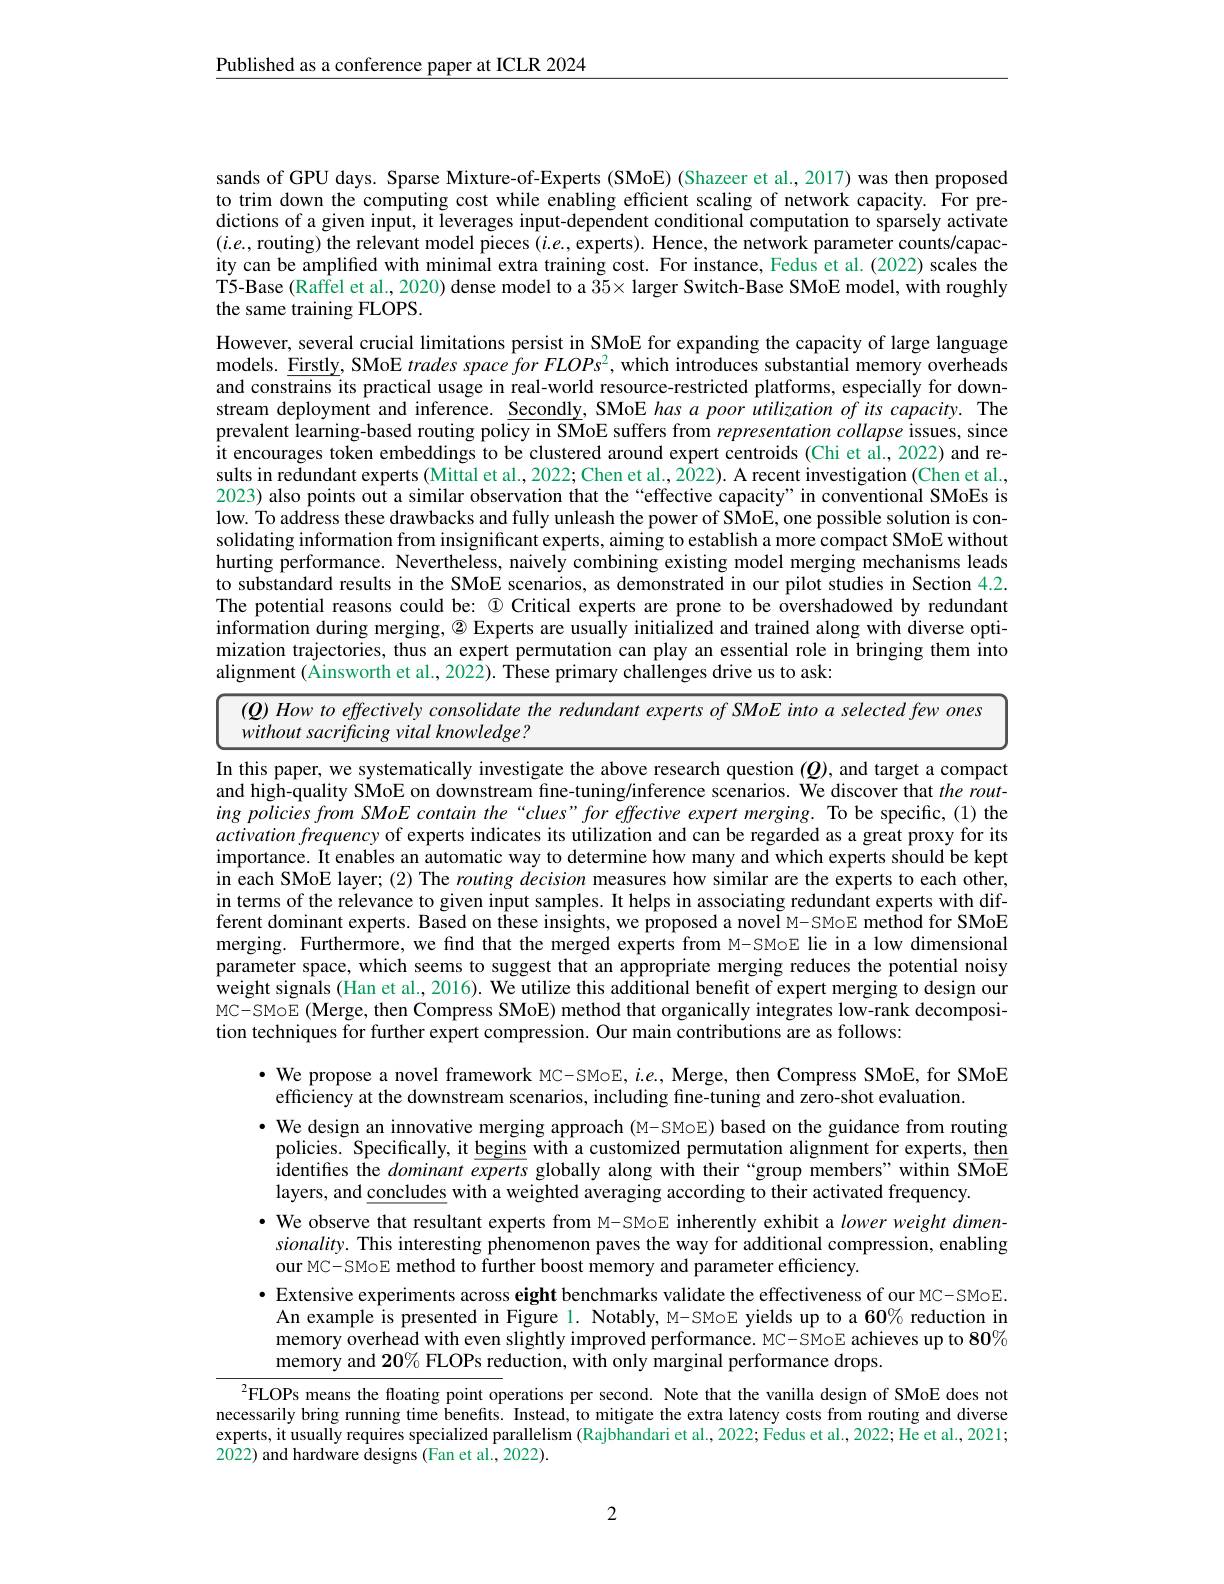
Published as a conference paper at ICLR 2024

sands of GPU days. Sparse Mixture-of-Experts (SMoE)(Shazeer et al., 2017) was then proposed to trim down the computing cost while enabling efficient scaling of network capacity. For predictions of a given input, it leverages input-dependent conditional computation to sparsely activate $(i.e.$,routing) the relevant model pieces $(i.e.$,experts). Hence, the network parameter counts/capacity can be amplified with minimal extra training cost. For instance, Fedus et al.(2022) scales the T5-Base (Raffel et al., 2020) dense model to a $35\times$ larger Switch-Base SMoE model, with roughly the same training FLOPS.
However, several crucial limitations persist in SMoE for expanding the capacity of large language models. Eirstly, SMoE trades space for FLOPs$^2$, which introduces substantial memory overheads and constrains its practical usage in real-world resource-restricted platforms, especially for downstream deployment and inference. Secondly, SMoE has $a$ poor utilization of its capacity. The prevalent learning-based routing policy in SMoE suffers from representation collapse issues, since it encourages token embeddings to be clustered around expert centroids (Chi et al., 2022) and results in redundant experts (Mittal et al., 2022; Chen et al., 2022). A recent investigation (Chen et al., 2023) also points out a similar observation that the“effective capacity”in conventional SMoEs is low. To address these drawbacks and fully unleash the power of SMoE, one possible solution is consolidating information from insignificant experts, aiming to establish a more compact SMoE without hurting performance. Nevertheless, naively combining existing model merging mechanisms leads to substandard results in the SMoE scenarios, as demonstrated in our pilot studies in Section 4.2. The potential reasons could be: $\textcircled{1}$ Critical experts are prone to be overshadowed by redundant information during merging, $\textcircled{2}$ Experts are usually initialized and trained along with diverse optimization trajectories, thus an expert permutation can play an essential role in bringing them into alignment (Ainsworth et al., 2022). These primary challenges drive us to ask:
<table>
	<tbody>
		<tr>
			<td> </td>
			<td>11 $\frac{1}{2}=\frac{1}{2}$</td>
			<td>How to e consolidate the redundant e Einto $a$ selected few one</td>
		</tr>
		<tr>
			<td>$W$</td>
			<td>$w\dot{\boldsymbol{l}}_{i}$ $\frac{1}{2}=\frac{1}{2}$</td>
			<td>thc ut sacrificing vital knowledge?</td>
		</tr>
	</tbody>
</table>

In this paper, we systematically investigate the above research question $(\boldsymbol{Q})$, and target a compact and high-quality SMoE on downstream fıne-tuning/inference scenarios. We discover that therouting policies from SMoE contain the“clues”for effective expert merging. To be specific, (1) the activationfrequency of experts indicates its utilization and can be regarded as a great proxy for its importance. It enables an automatic way to determine how many and which experts should be kept in each SMoE layer; (2) The routing decision measures how similar are the experts to each other, in terms of the relevance to given input samples. It helps in associating redundant experts with different dominant experts. Based on these insights, we proposed a novel M-SMoE method for SMoE merging. Furthermore, we find that the merged experts from M-SMoE lie in a low dimensional parameter space, which seems to suggest that an appropriate merging reduces the potential noisy $\hat{\text{weight signals (Han et al., 2016). We utilize this additional benefit of expert merging to design our}}$ MC-SMoE (Merge, then Compress SMoE) method that organically integrates low-rank decomposition techniques for further expert compression. Our main contributions are as follows:

$\cdot$ We propose a novel framework MC-SMoE, $i.e.$, Merge, then Compress SMoE, for SMoE

efficiency at the downstream scenarios, including fine-tuning and zero-shot evaluation.
$\bullet$ We design an innovative merging approach (M-SMoE) based on the guidance from routing policies. Specifically, it begins with a customized permutation alignment for experts, then identifies the dominant experts globally along with their "group members" within SMoE layers, and concludes with a weighted averaging according to their activated frequency.
· We observe that resultant experts from M-SMoE inherently exhibit a lower weight dimen- $sionality.$ This interesting phenomenon paves the way for additional compression, enabling our MC- SMoE method to further boost memory and parameter efficiency.
· Extensive experiments across eight benchmarks validate the effectiveness of our MC- SMoE. An example is presented in Figure 1. Notably, M-SMoE yields up to a $60\%$ reduction in memory overhead with even slightly improved performance. MC- SMoE achieves up to $80\%$ memory and 20% FLOPs reduction, with only marginal performance drops.

$^{2}$FLOPs means the floating point operations per second. Note that the vanilla design of SMoE does not necessarily bring running time benefits. Instead, to mitigate the extra latency costs from routing and diverse experts, it usually requires specialized parallelism (Rajbhandari et al., 2022; Fedus et al., 2022; He et al., 2021; 2022) and hardware designs (Fan et al., 2022).

2